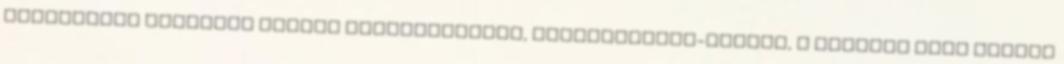
Galériában Bárkányi Ildikó néprajzkutató, gyermekjáték-gyıjtœ, a szegedi Móra Ferenc